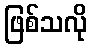
ဖြစ်သလို